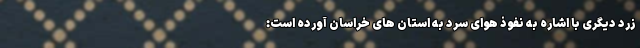
زرد دیگری با اشاره به نفوذ هوای سرد به استان های خراسان آورده است: